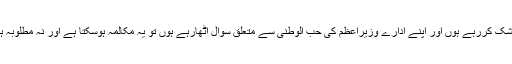
جب وزیراعظم اپنے اداروں پر شک کررہے ہوں اور اپنے ادارے وزیراعظم کی حب الوطنی سے متعلق سوال اٹھارہے ہوں تو یہ مکالمہ ہوسکتا ہے اور نہ مطلوبہ ہم آہنگی حاصل کی جاسکتی ہے۔